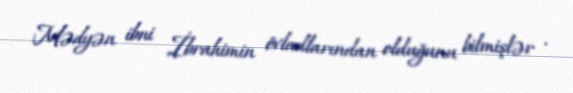
Mədyən ibni İbrahimin övladlarından olduğunu bilmişlər .